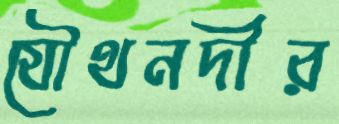
যৌথনদীর